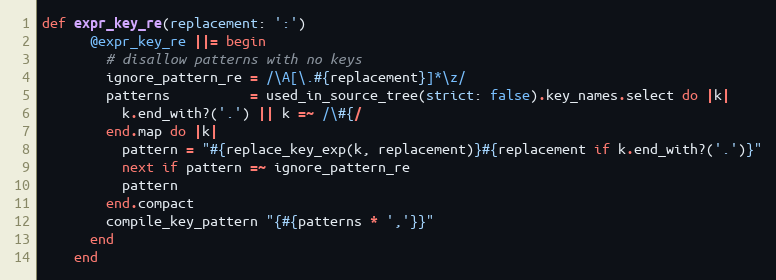
Language: Ruby
def expr_key_re(replacement: ':')
      @expr_key_re ||= begin
        # disallow patterns with no keys
        ignore_pattern_re = /\A[\.#{replacement}]*\z/
        patterns          = used_in_source_tree(strict: false).key_names.select do |k|
          k.end_with?('.') || k =~ /\#{/
        end.map do |k|
          pattern = "#{replace_key_exp(k, replacement)}#{replacement if k.end_with?('.')}"
          next if pattern =~ ignore_pattern_re
          pattern
        end.compact
        compile_key_pattern "{#{patterns * ','}}"
      end
    end